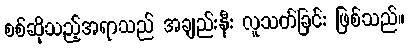
စစ်ဆိုသည့်အရာသည် အချည်းနှီး လူသတ်ခြင်း ဖြစ်သည်။